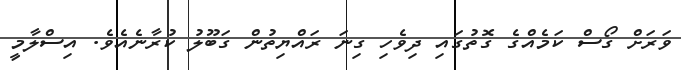
ވަރަށް ގޯސް ކަމެއްގެ ގޮތުގައި ދިވެހި ގިނަ ރައްޔިތުން ގަބޫލު ކުރާނެއެވެ. އިސްލާމީ